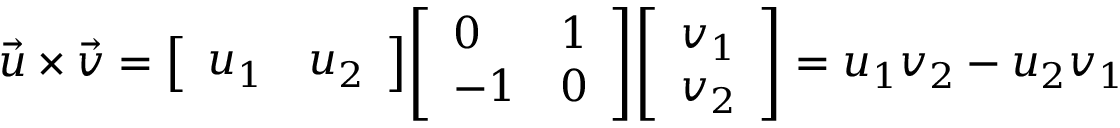
{ \vec { u } } \times { \vec { v } } = { \left[ \begin{array} { l l } { u _ { 1 } } & { u _ { 2 } } \end{array} \right] } { \left[ \begin{array} { l l } { 0 } & { 1 } \\ { - 1 } & { 0 } \end{array} \right] } { \left[ \begin{array} { l } { v _ { 1 } } \\ { v _ { 2 } } \end{array} \right] } = u _ { 1 } v _ { 2 } - u _ { 2 } v _ { 1 }